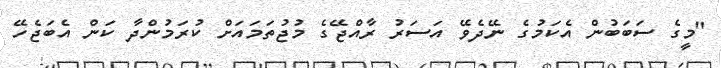
"މީގެ ސަބަބުން އެކަމުގެ ނޭދެވޭ އަސަރު ރާއްޖޭގެ މުޖުތަމައަށް ކުރަމުންދާ ކަން އެބަޖެހޭ